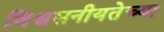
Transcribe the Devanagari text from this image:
विश्वसनीयतेच्या